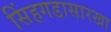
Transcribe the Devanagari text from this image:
सिंहगडासारखा